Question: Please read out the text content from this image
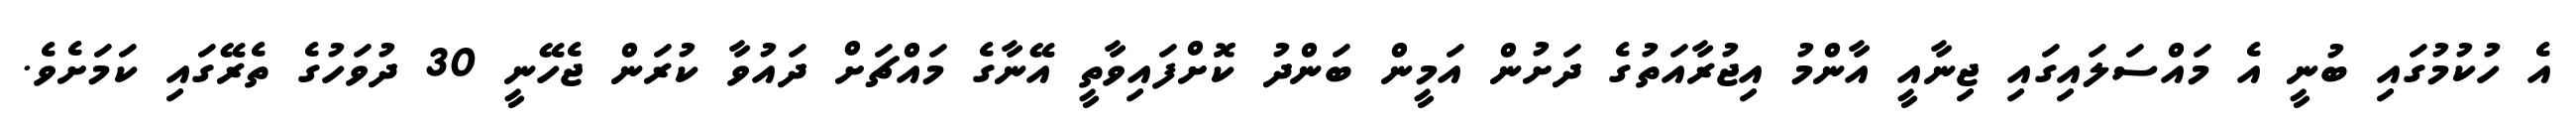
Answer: އެ ހުކުމުގައި ބުނީ އެ މައްސަލައިގައި ޖިނާއީ އާންމު އިޖުރާއަތުގެ ދަށުން އަމީން ބަންދު ކޮށްފައިވާތީ އޭނާގެ މައްޗަށް ދައުވާ ކުރަން ޖެހޭނީ 30 ދުވަހުގެ ތެރޭގައި ކަމަށެވެ.